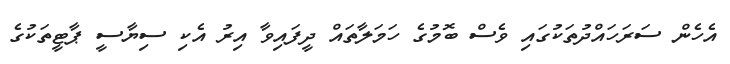
އެހެން ސަރަހައްދުތަކުގައި ވެސް ބޮމުގެ ހަމަލާތައް ދީފައިވާ އިރު އެކި ސިޔާސީ ޕާޓީތަކުގެ